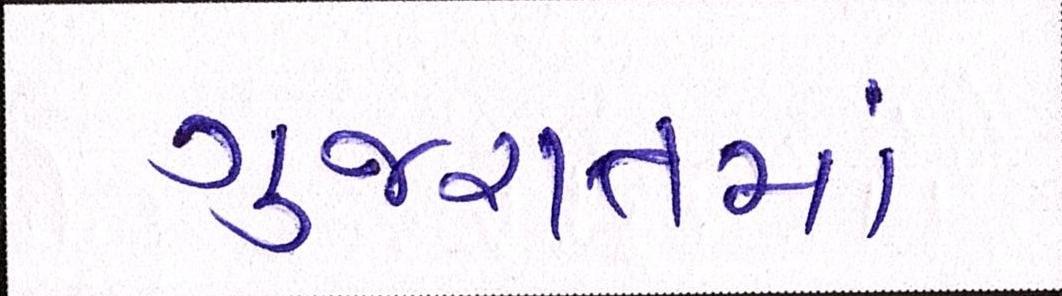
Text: ગુજરાતમાં